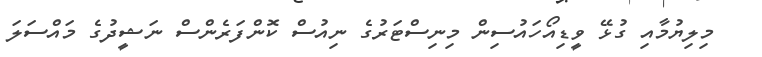
މިލިޔުމާއި ގުޅޭ ވީޑިއޯހައުސިން މިނިސްޓަރުގެ ނިއުސް ކޮންފަރެންސް ނަޝީދުގެ މައްސަލަ